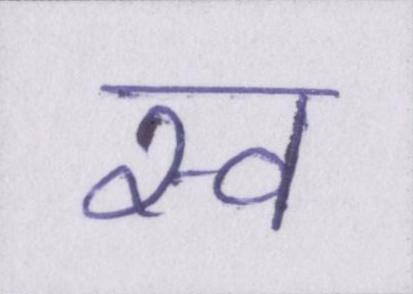
स्व